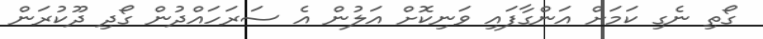
ގޯތި ނެގި ކަމަށް އަންގާފައި ވަނިކޮށް އަލުން އެ ސަރަހައްދުން ގޯދި ދޫކުރަން